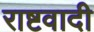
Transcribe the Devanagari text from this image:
राष्टवादी